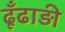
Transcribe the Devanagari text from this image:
ढूँढाड़ी